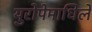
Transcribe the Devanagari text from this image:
युरोपेमाधिले